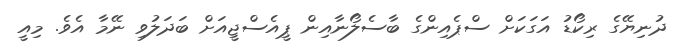
ދުނިޔޭގެ ރިކޯޑު އަގަކަށް ސްޕެއިންގެ ބާސެލޯނާއިން ޕީއެސްޖީއަށް ބަދަލުވި ނޭމާ އެވެ. މިއީ